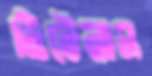
টিটেনাস